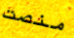
منصت